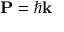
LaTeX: \mathbf { P } = \hbar \mathbf { k }